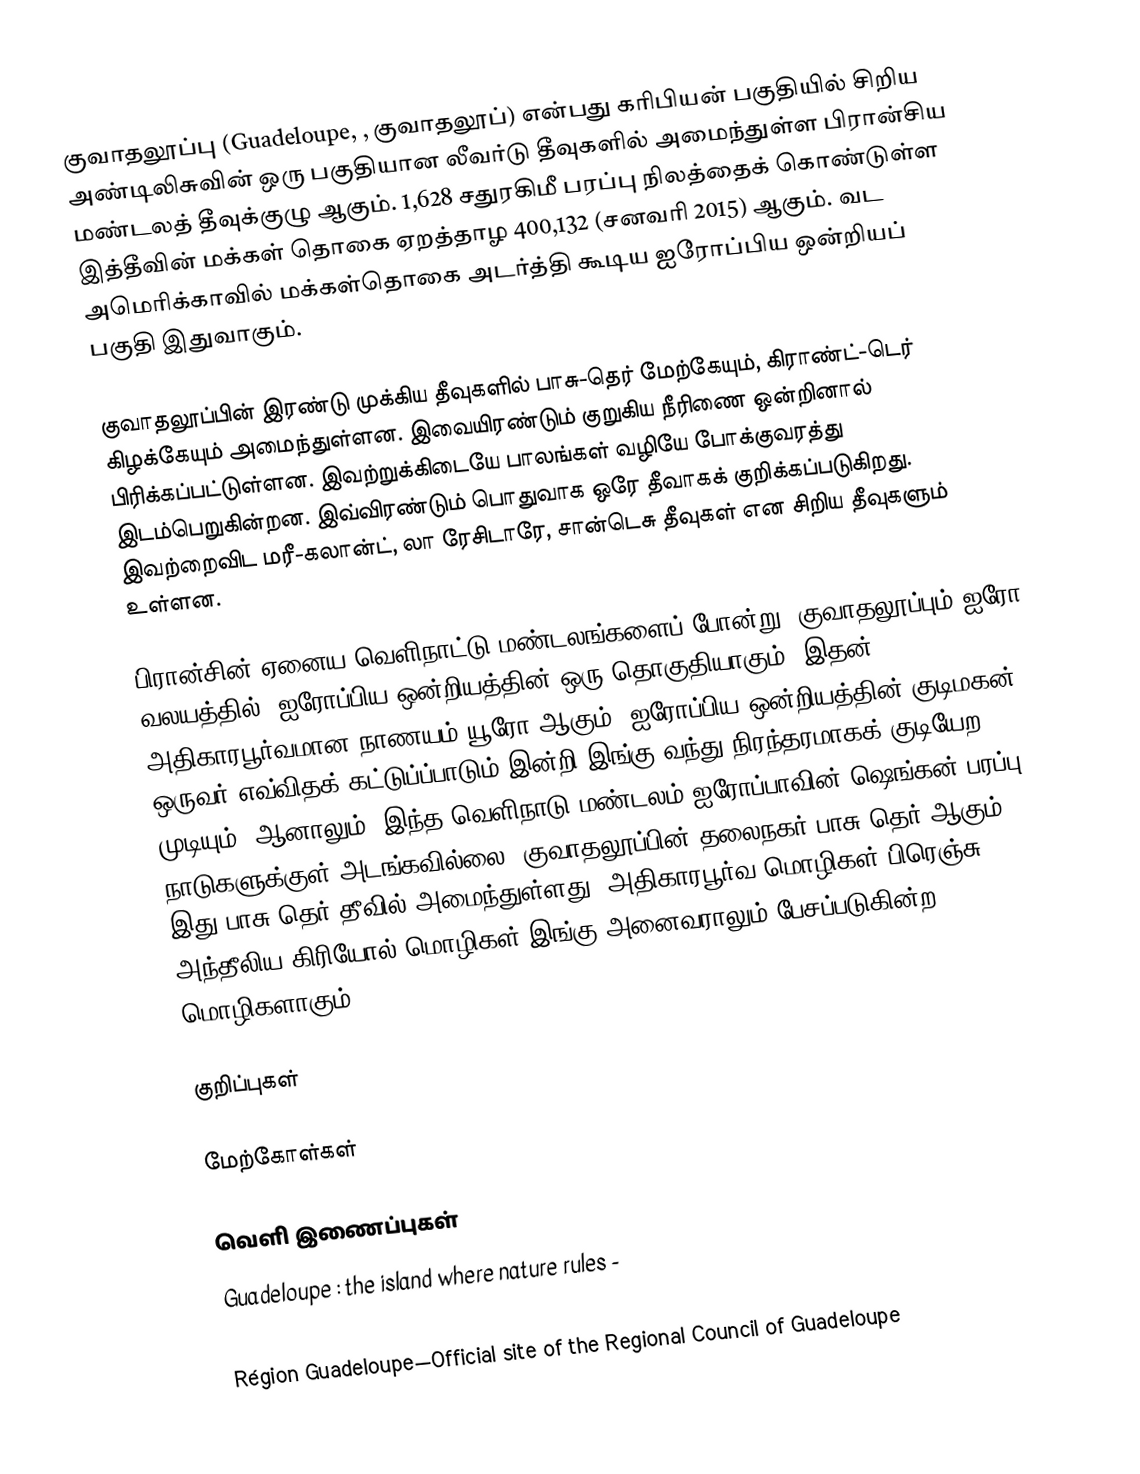
குவாதலூப்பு (Guadeloupe, , குவாதலூப்) என்பது கரிபியன் பகுதியில் சிறிய அண்டிலிசுவின் ஒரு பகுதியான லீவர்டு தீவுகளில் அமைந்துள்ள பிரான்சிய மண்டலத் தீவுக்குழு ஆகும். 1,628 சதுரகிமீ பரப்பு நிலத்தைக் கொண்டுள்ள இத்தீவின் மக்கள் தொகை ஏறத்தாழ 400,132 (சனவரி 2015) ஆகும். வட அமெரிக்காவில் மக்கள்தொகை அடர்த்தி கூடிய ஐரோப்பிய ஒன்றியப் பகுதி இதுவாகும்.

குவாதலூப்பின் இரண்டு முக்கிய தீவுகளில் பாசு-தெர் மேற்கேயும், கிராண்ட்-டெர் கிழக்கேயும் அமைந்துள்ளன. இவையிரண்டும் குறுகிய நீரிணை ஒன்றினால் பிரிக்கப்பட்டுள்ளன. இவற்றுக்கிடையே பாலங்கள் வழியே போக்குவரத்து இடம்பெறுகின்றன. இவ்விரண்டும் பொதுவாக ஒரே தீவாகக் குறிக்கப்படுகிறது. இவற்றைவிட மரீ-கலான்ட், லா ரேசிடாரே, சான்டெசு தீவுகள் என சிறிய தீவுகளும் உள்ளன.

பிரான்சின் ஏனைய வெளிநாட்டு மண்டலங்களைப் போன்று, குவாதலூப்பும் ஐரோ வலயத்தில், ஐரோப்பிய ஒன்றியத்தின் ஒரு தொகுதியாகும். இதன் அதிகாரபூர்வமான நாணயம் யூரோ ஆகும். ஐரோப்பிய ஒன்றியத்தின் குடிமகன் ஒருவர் எவ்விதக் கட்டுப்ப்பாடும் இன்றி இங்கு வந்து நிரந்தரமாகக் குடியேற முடியும். ஆனாலும், இந்த வெளிநாடு மண்டலம் ஐரோப்பாவின் ஷெங்கன் பரப்பு நாடுகளுக்குள் அடங்கவில்லை. குவாதலூப்பின் தலைநகர் பாசு-தெர் ஆகும். இது பாசு-தெர் தீவில் அமைந்துள்ளது. அதிகாரபூர்வ மொழிகள் பிரெஞ்சு, அந்தீலிய கிரியோல் மொழிகள் இங்கு அனைவராலும் பேசப்படுகின்ற மொழிகளாகும்.

குறிப்புகள்

மேற்கோள்கள்

வெளி இணைப்புகள்
 Guadeloupe : the island where nature rules  -
 Préfecture de la région Guadeloupe—Official site of the prefecture of Guadeloupe (in French)
 Région Guadeloupe—Official site of the Regional Council of Guadeloupe